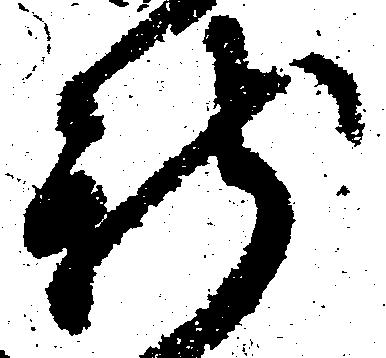
新